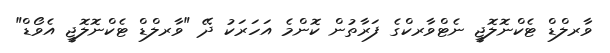
ވާރލްޑް ޓެކްނޮލޮޖީ ނެޓްވާރކްގެ ފަރާތުން ކޮންމެ އަހަރަކު ދޭ "ވާރލްޑް ޓެކްނޮލޮޖީ އެވޯޑް"